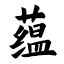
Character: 蕴